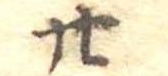
廿